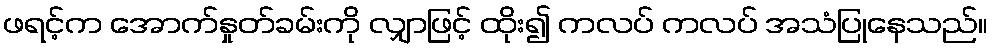
ဖရင့်က အောက်နှုတ်ခမ်းကို လျှာဖြင့် ထိုး၍ ကလပ် ကလပ် အသံပြုနေသည်။